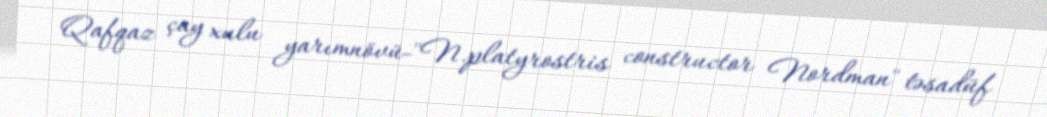
Qafqaz çay xulu yarımnövü-''N.platyrostris constructor Nordman'' təsadüf